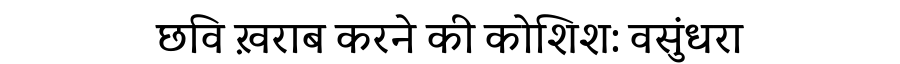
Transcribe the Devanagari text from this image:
छवि ख़राब करने की कोशिश: वसुंधरा